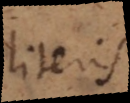
literis